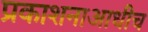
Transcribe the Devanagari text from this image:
प्रकाशनाआधीच